Indian journal of veterinary science and animal husbandry - Volume 9,
Year: 1939
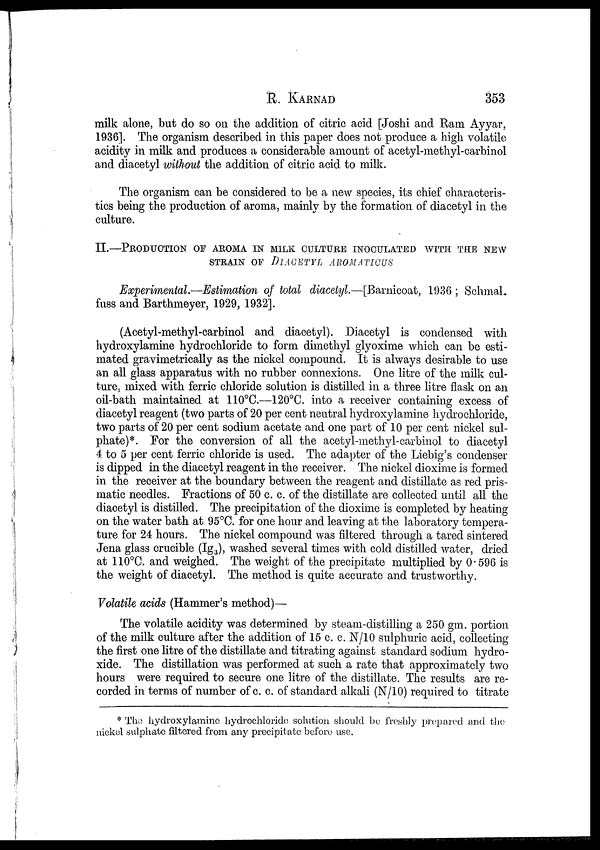
R.
KARNAD
353
milk alone, but do so on the addition of citric acid [Joshi and Ram Ayyar,
1936]. The organism described in this paper does not produce a high volatile
acidity in milk and produces a considerable amount of acetyl-methyl-carbinol
and diacetyl without the addition of citric acid to milk.
The organism can be considered to be a new species, its chief characteris-
tics being the production of aroma, mainly by the formation of diacetyl in the
culture.
II.—PRODUCTION OF AROMA IN MILK CULTURE INOCULATED WITH THE NEW
STRAIN OF DIACETYL AROMATICUS
Experimental.—Estimation of total diacetyl.—[Barnicoat, 1936 ; Schmal.
fuss and Barthmeyer, 1929, 1932].
(Acetyl-methyl-carbinol and diacetyl). Diacetyl is condensed with
hydroxylamine hydrochloride to form dimethyl glyoxime which can be esti-
mated gravimetrically as the nickel compound. It is always desirable to use
an all glass apparatus with no rubber connexions. One litre of the milk cul-
ture, mixed with ferric chloride solution is distilled in a three litre flask on an
oil-bath maintained at 110°C.—120°C. into a receiver containing excess of
diacetyl reagent (two parts of 20 per cent neutral hydroxylamine hydrochloride,
two parts of 20 per cent sodium acetate and one part of 10 per cent nickel sul-
phate)*. For the conversion of all the acetyl-methyl-carbinol to diacetyl
4 to 5 per cent ferric chloride is used. The adapter of the Liebig's condenser
is dipped in the diacetyl reagent in the receiver. The nickel dioxime is formed
in the receiver at the boundary between the reagent and distillate as red pris-
matic needles. Fractions of 50 c. c. of the distillate are collected until all the
diacetyl is distilled. The precipitation of the dioxime is completed by heating
on the water bath at 95°C. for one hour and leaving at the laboratory tempera-
ture for 24 hours. The nickel compound was filtered through a tared sintered
Jena glass crucible (Ig 3 ), washed several times with cold distilled water, dried
at 110°C. and weighed. The weight of the precipitate multiplied by 0.596 is
the weight of diacetyl. The method is quite accurate and trustworthy.
Volatile acids (Hammer's method)—
The volatile acidity was determined by steam-distilling a 250 gm. portion
of the milk culture after the addition of 15 c. c. N/10 sulphuric acid, collecting
the first one litre of the distillate and titrating against standard sodium hydro-
xide. The distillation was performed at such a rate that approximately two
hours were required to secure one litre of the distillate. The results are re-
corded in terms of number of c. c. of standard alkali (N/10) required to titrate
* The hydroxylamine hydrochloride solution should be freshly prepared and the
nickel sulphate filtered from any precipitate before use.